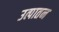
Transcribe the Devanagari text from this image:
उत्पातन